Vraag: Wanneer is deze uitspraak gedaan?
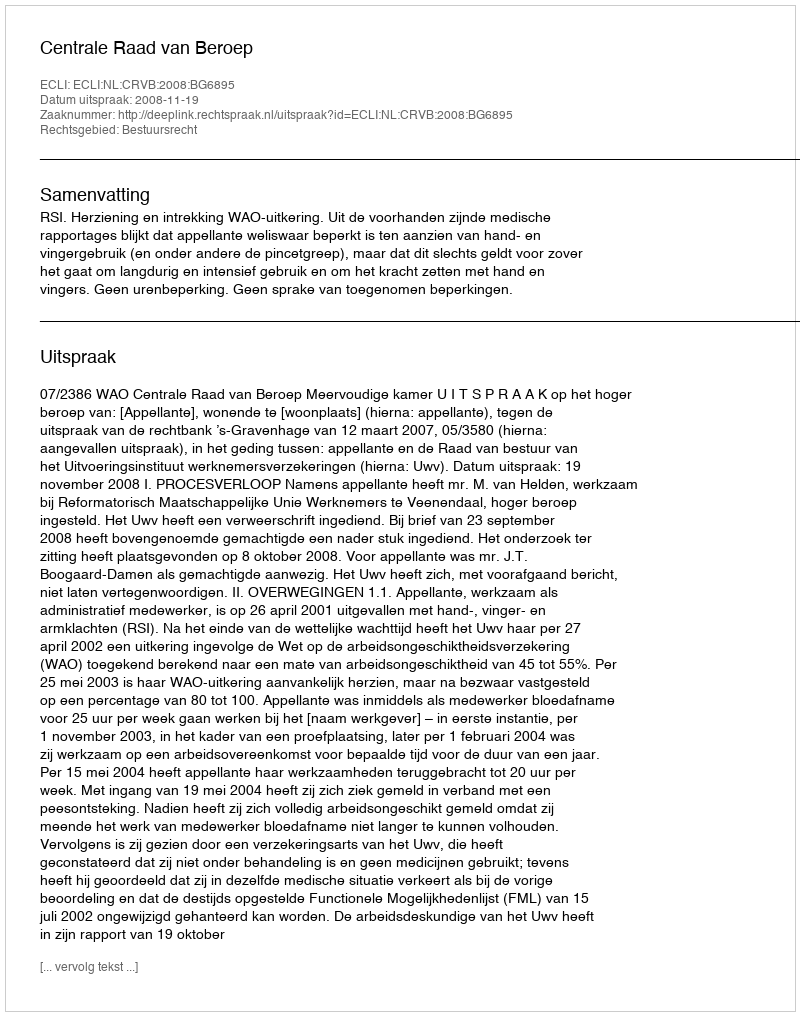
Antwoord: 2008-11-19